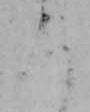
ろ